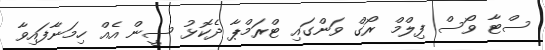
ސްޓާ ވޯސް ފިލްމް ރޯގް ވަންގައި ޓްރަމްޕާ ދެކޮޅު ސީން އެއް ހިމަނާފައިވާ